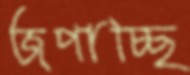
জপাচ্ছি